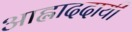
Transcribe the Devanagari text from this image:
आह्लाददायी